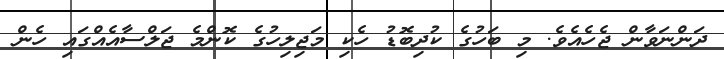
ދަންނަވާން ޖެހެއެވެ. މި ބަހުގެ ކުދިބޮޑު ހެކި މަޖިލިހުގެ ކޮންމެ ޖަލްސާއެއްގައި ހެން